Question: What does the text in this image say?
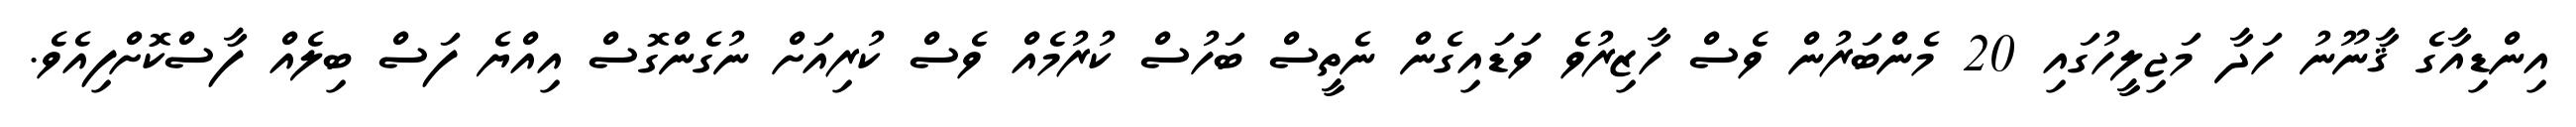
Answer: އިންޑިއާގެ ޤާނޫނު ހަދާ މަޖިލީހުގައި 20 މެންބަރުން ވެސް ހާޒިރުވެ ވަޑައިގެން ނެތީސް ބަހުސް ކުރުމެއް ވެސް ކުރިއަށް ނުގެންގޮސް އިއްޔެ ފަސް ބިލެއް ފާސްކޮށްފިއެވެ.